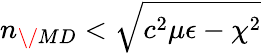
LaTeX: n_{\/ {MD}}<\sqrt{c^{2}\mu\epsilon-\chi^{2}}